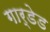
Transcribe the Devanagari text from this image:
गार्डेड